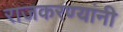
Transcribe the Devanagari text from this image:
राजकरण्यांनी